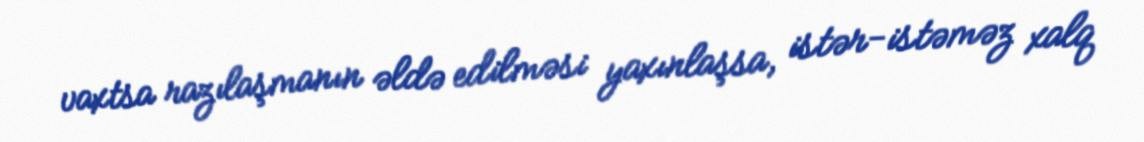
vaxtsa razılaşmanın əldə edilməsi yaxınlaşsa, istər-istəməz xalq